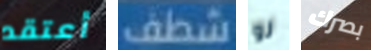
أعتقد شطف لو بصرك